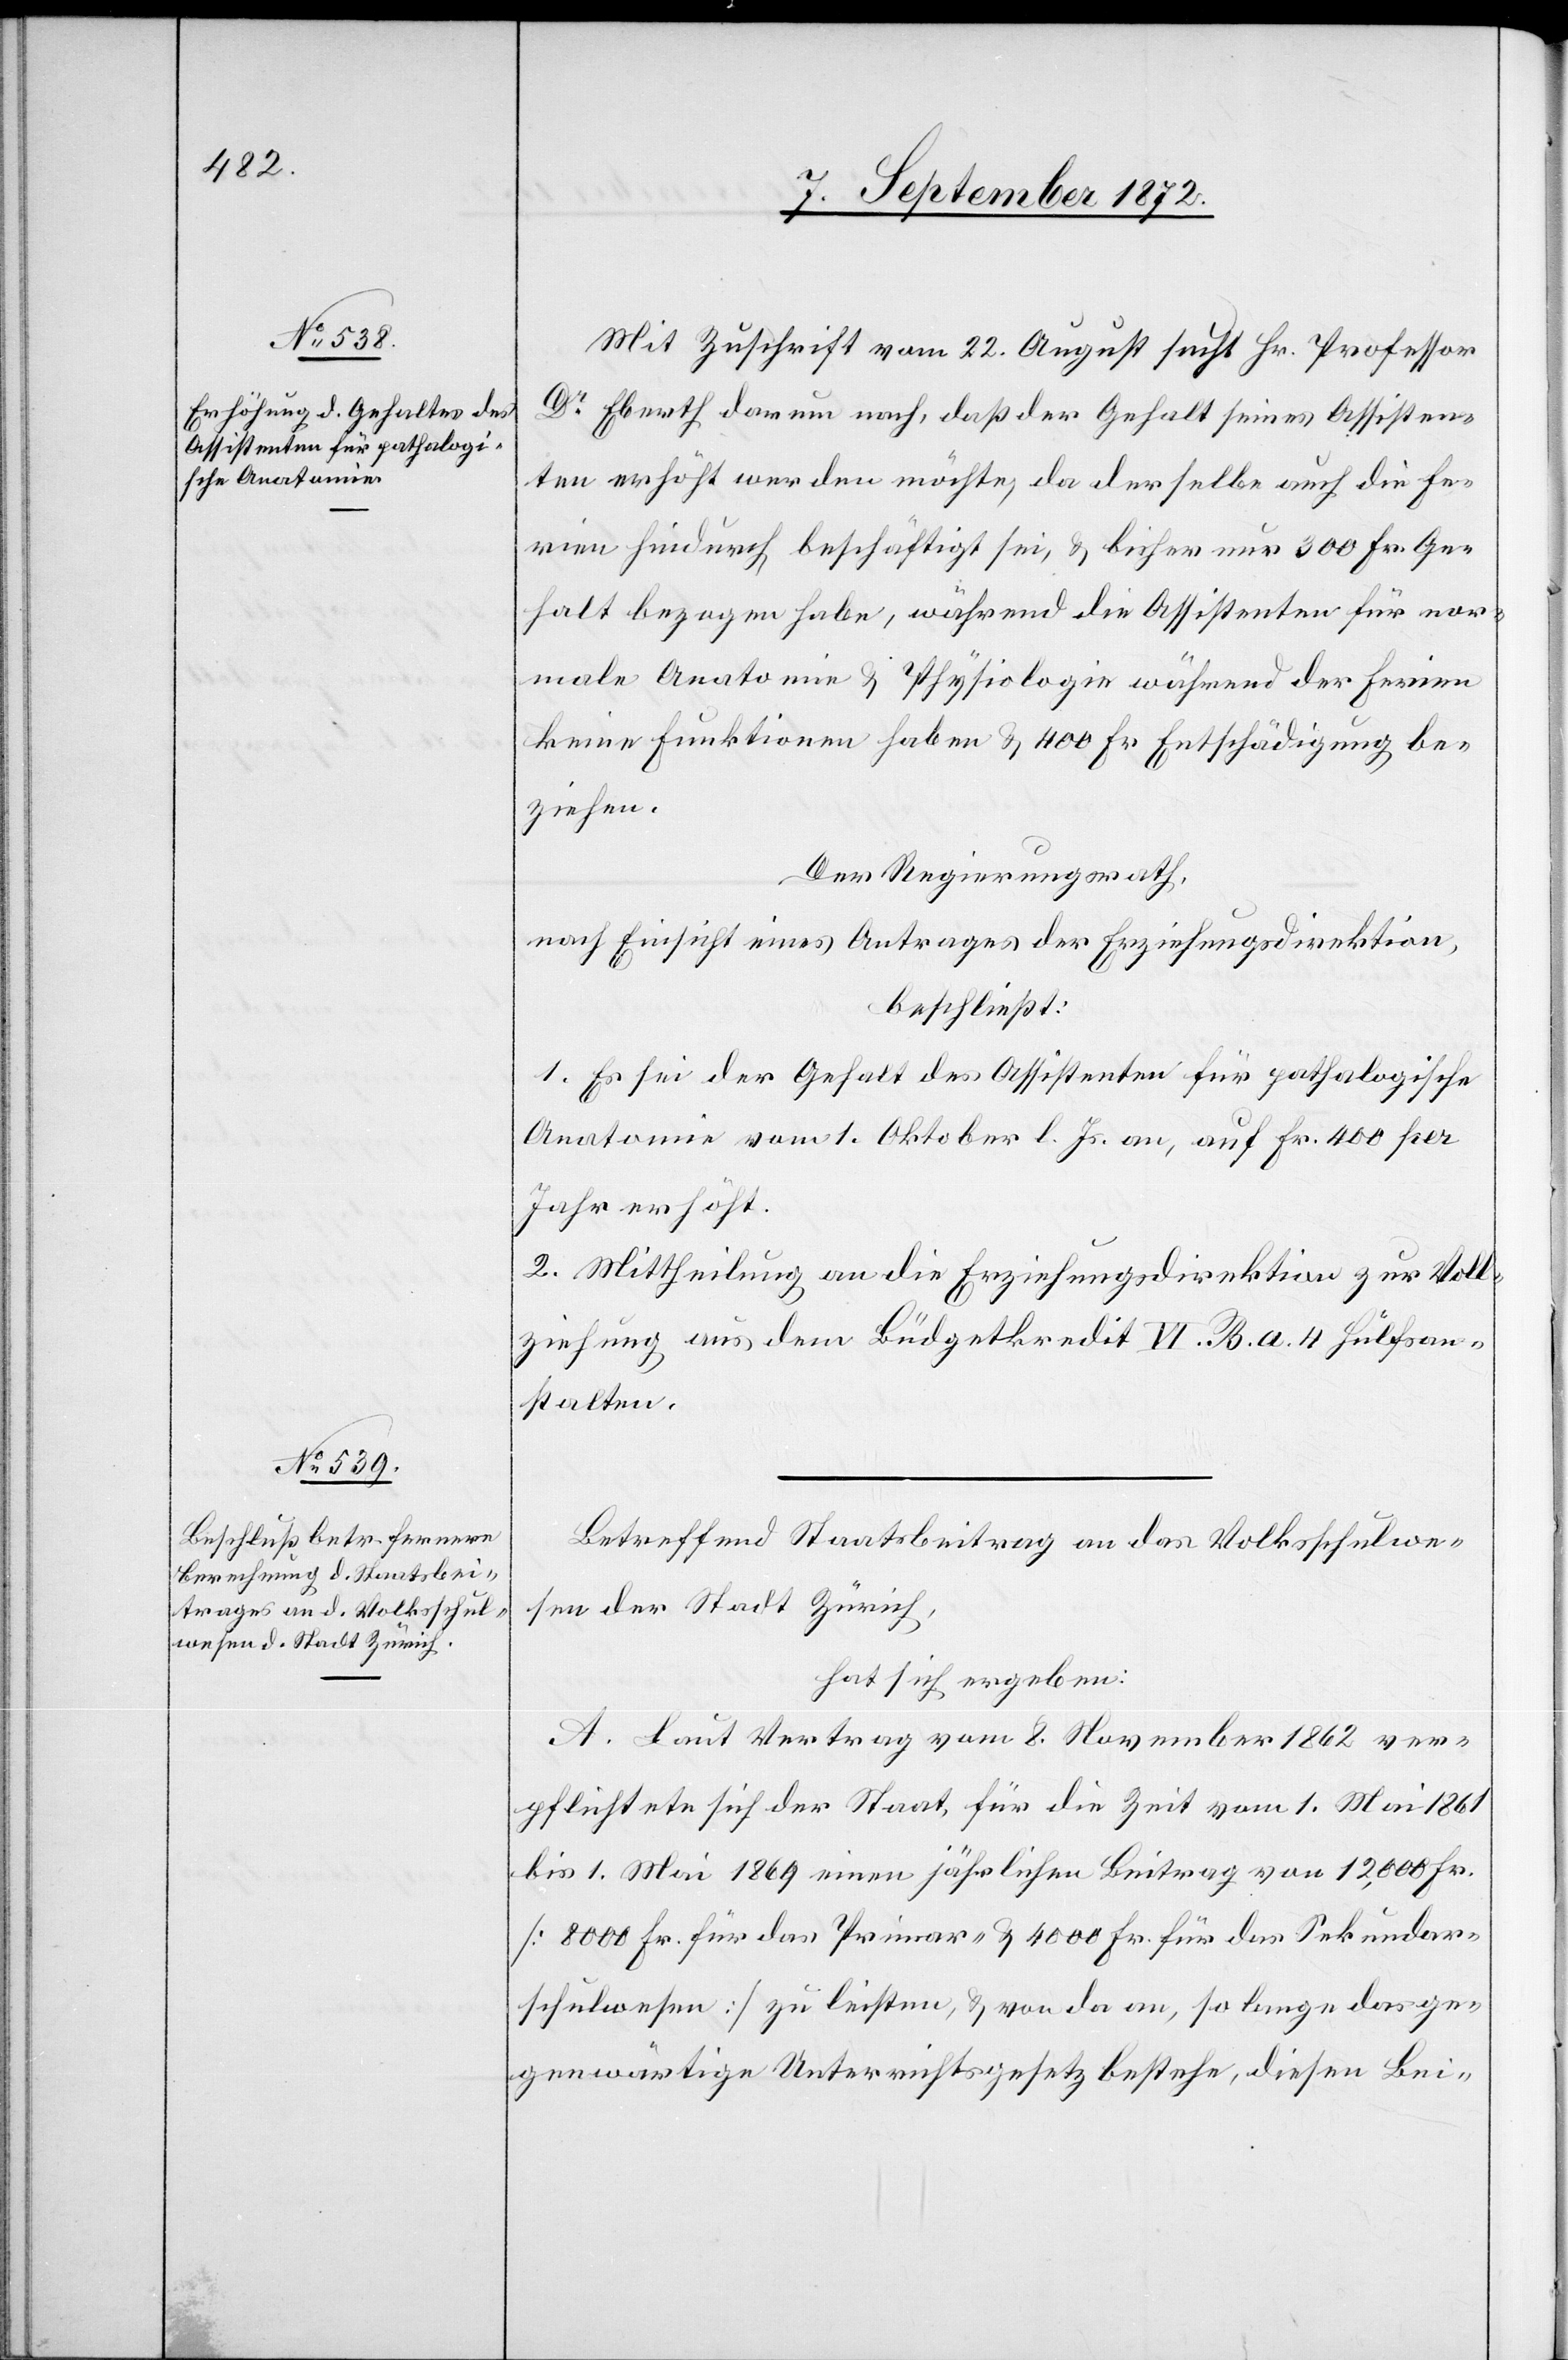
Mit Zuschrift vom 22. August sucht Hr. Professor
Dr Eberth darum nach, daß der Gehalt seines Assisten¬
ten erhöht werden möchte, da derselbe auch die Fe¬
rien hindurch beschäftigt sei, u. bisher nur 300 Fr. Ge¬
halt bezogen habe, während die Assistenten für nor¬
male Anatomie u. Physiologie während der Ferien
keine Funktionen haben u. 400 Fr. Entschädigung be¬
ziehen.
Der Regierungsrath,
nach Einsicht eines Antrages der Erziehungsdirektion,
beschließt:
1. Es sei der Gehalt des Assistenten für pathalogische
Anatomie vom 1. Oktober l. Js. an, auf Fr. 400 per
Jahr erhöht.
2. Mittheilung an die Erziehungsdirektion zur Voll¬
ziehung aus dem Büdgetkredit VI. B. a. 4 Hülfsan¬
stalten.
Betreffend Staatsbeitrag an das Volksschulwe¬
sen der Stadt Zürich,
hat sich ergeben:
A. Laut Vertrag vom 8. November 1862 ver¬
pflichtete sich der Staat, für die Zeit vom 1. Mai 1861
bis 1. Mai 1869 einen jährlichen Beitrag von 12,000 Fr.
[8000 Fr. für das Primar- u. 4000 Fr. für das Sekundar¬
schulwesen] zu leisten, u. von da an, so lange das ge¬
genwärtige Unterrichtsgesetz bestehe, diesen Bei-